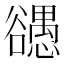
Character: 𰒠